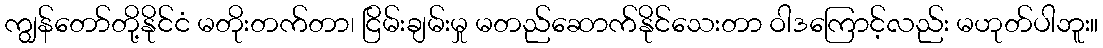
ကျွန်တော်တို့နိုင်ငံ မတိုးတက်တာ၊ ငြိမ်းချမ်းမှု မတည်ဆောက်နိုင်သေးတာ ဝါဒကြောင့်လည်း မဟုတ်ပါဘူး။